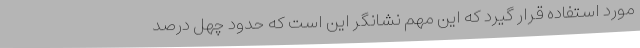
مورد استفاده قرار گیرد که این مهم نشانگر این است که حدود چهل درصد